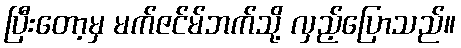
ပြီးတော့မှ မက်ဇင်မ်ဘက်သို့ လှည့်ပြောသည်။